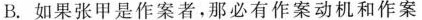
B.如果张甲是作案者，那必有作案动机和作案